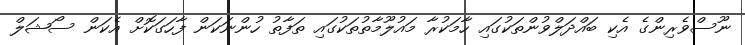
ނޫސްވެރިންގެ އެކި ބައްދަލްވުންތަކުގައި ހާމަކުރާ މައުލޫމާތުތަކުގައި ތަފާތު ހުންނަކަން ފާހަގަކޮށް އެކަން ސޯޝަލް